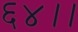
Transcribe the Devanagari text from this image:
६४।।